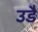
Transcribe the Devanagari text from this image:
उड़ै